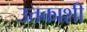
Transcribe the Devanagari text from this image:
उत्तकाशी